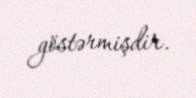
göstərmişdir.